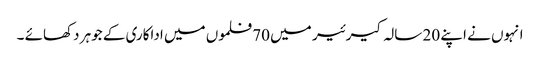
انہوں نے اپنے 20 سالہ کیرئیر میں 70 فلموں میں اداکاری کے جوہر دکھائے ۔